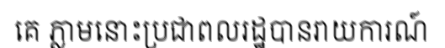
គេ ភ្លាមនោះប្រជាពលរដ្ឋបានរាយការណ៍